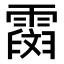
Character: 𩅒